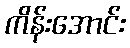
ကိန်းအောင်း